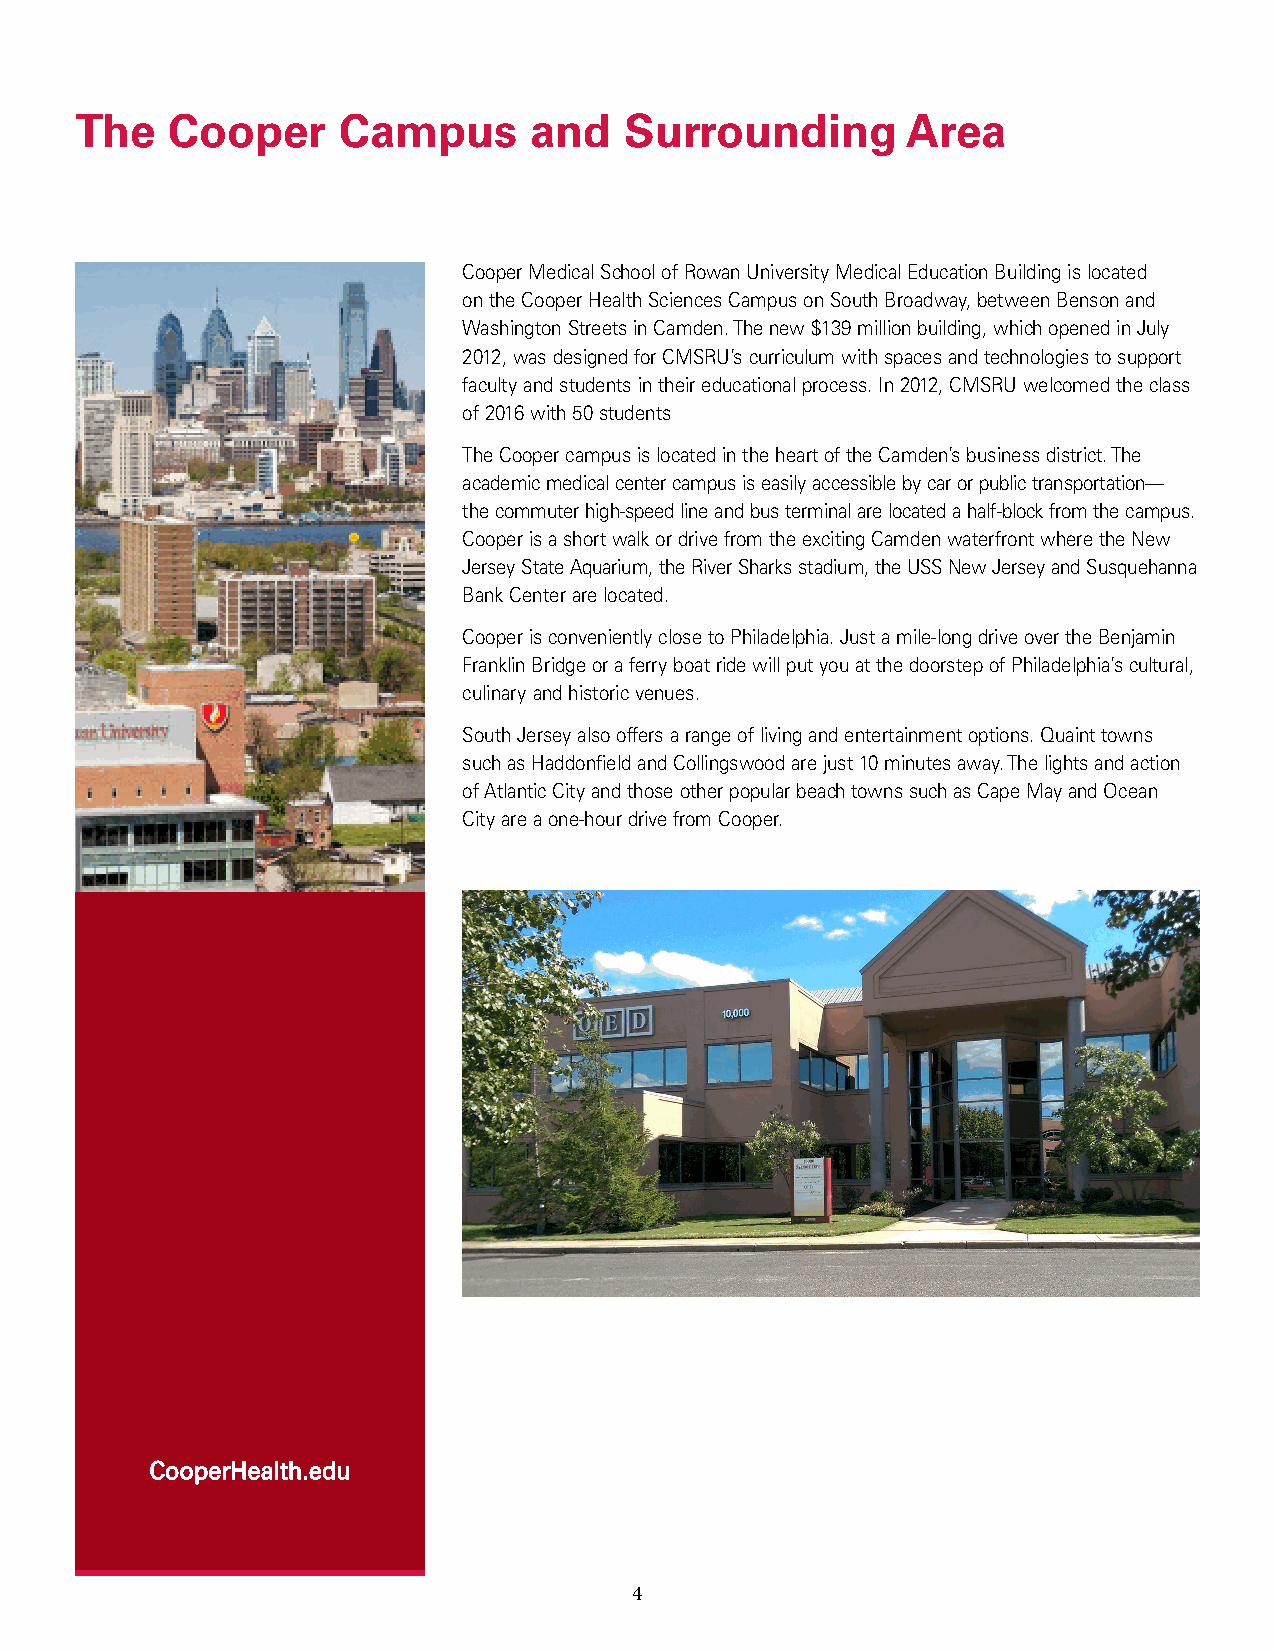
The   Cooper      Campus      and   Surrounding        Area
 Cooper Medical School of Rowan University Medical Education Building is located
 on the Cooper Health Sciences Campus on South Broadway, between Benson and
 Washington Streets in Camden. The new $139 million building, which opened in July
 2012, was designed for CMSRU’s curriculum with spaces and technologies to support
 faculty and students in their educational process. In 2012, CMSRU welcomed the class
 of 2016 with 50 students
 The Cooper campus is located in the heart of the Camden’s business district. The
 academic medical center campus is easily accessible by car or public transportation—
 the commuter high-speed line and bus terminal are located a half-block from the campus.
 Cooper is a short walk or drive from the exciting Camden waterfront where the New
 Jersey State Aquarium, the River Sharks stadium, the USS New Jersey and Susquehanna
 Bank Center are located.
 Cooper is conveniently close to Philadelphia. Just a mile-long drive over the Benjamin
 Franklin Bridge or a ferry boat ride will put you at the doorstep of Philadelphia’s cultural,
 culinary and historic venues.
 South Jersey also offers a range of living and entertainment options. Quaint towns
 such as Haddonfield and Collingswood are just 10 minutes away. The lights and action
 of Atlantic City and those other popular beach towns such as Cape May and Ocean
 City are a one-hour drive from Cooper.
 CooperHealth.edu
 4